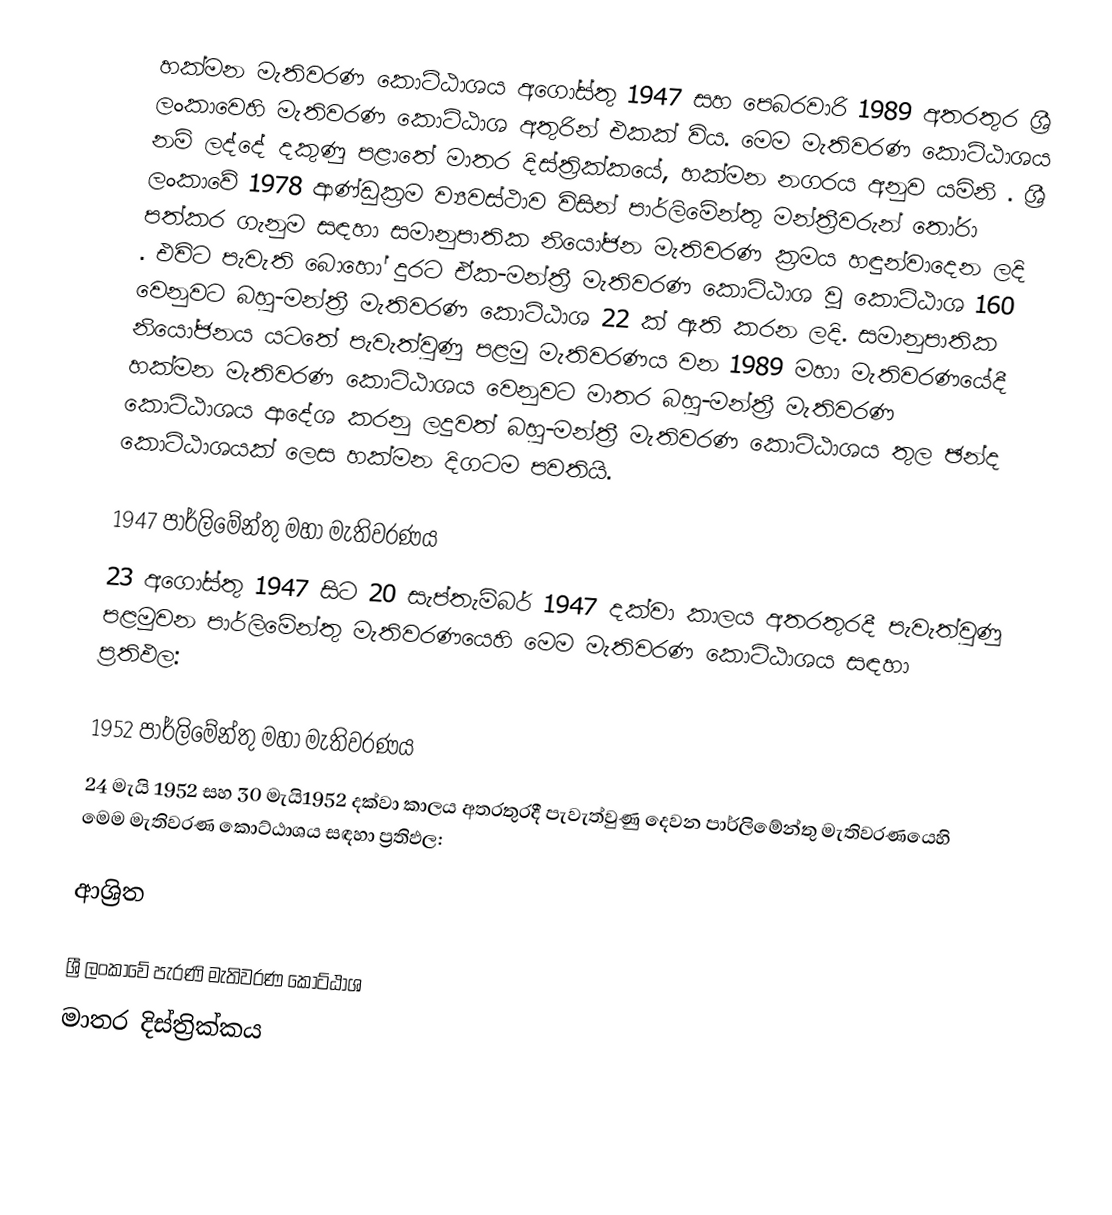
හක්මන මැතිවරණ කොට්ඨාශය  අගෝස්තු 1947 සහ පෙබරවාරි 1989 අතරතුර  ශ්‍රී ලංකාවෙහි  මැතිවරණ කොට්ඨාශ අතුරින් එකක් විය. මෙම මැතිවරණ කොට්ඨාශය නම් ලද්දේ දකුණු පළාතේ මාතර දිස්ත්‍රික්කයේ,  හක්මන  නගරය අනුව යමිනි . ශ්‍රී ලංකාවේ 1978 ආණ්ඩුක්‍රම ව්‍යවස්ථාව විසින්   පාර්ලිමේන්තු මන්ත්‍රීවරුන් තෝරා පත්කර ගැනුම සඳහා සමානුපාතික නියෝජන මැතිවරණ ක්‍රමය හඳුන්වාදෙන ලදි . එවිට පැවැති බොහෝ දුරට  ඒක-මන්ත්‍රී මැතිවරණ කොට්ඨාශ වූ කොට්ඨාශ 160 වෙනුවට බහු-මන්ත්‍රී මැතිවරණ කොට්ඨාශ 22 ක් ඇති කරන ලදි. සමානුපාතික නියෝජනය යටතේ පැවැත්වුණු  පළමු මැතිවරණය වන 1989 මහා මැතිවරණයේදී  හක්මන මැතිවරණ කොට්ඨාශය වෙනුවට මාතර බහු-මන්ත්‍රී මැතිවරණ කොට්ඨාශය  ආදේශ කරනු ලදුවත් බහු-මන්ත්‍රී මැතිවරණ කොට්ඨාශය තුල ඡන්ද කොට්ඨාශයක් ලෙස හක්මන දිගටම පවතියි.

1947 පාර්ලිමේන්තු මහා මැතිවරණය
23 අගෝස්තු 1947 සිට 20 සැප්තැම්බර් 1947 දක්වා කාලය අතරතුරදී පැවැත්වුණු   පළමුවන පාර්ලිමේන්තු මැතිවරණයෙහි මෙම මැතිවරණ කොට්ඨාශය සඳහා ප්‍රතිඵල:

1952 පාර්ලිමේන්තු මහා මැතිවරණය
24 මැයි 1952 සහ 30 මැයි1952 දක්වා කාලය අතරතුරදී පැවැත්වුණු   දෙවන පාර්ලිමේන්තු මැතිවරණයෙහි මෙම මැතිවරණ කොට්ඨාශය සඳහා ප්‍රතිඵල:

ආශ්‍රිත

ශ්‍රී ලංකාවේ පැරණි මැතිවරණ කොට්ඨාශ
මාතර දිස්ත්‍රික්කය